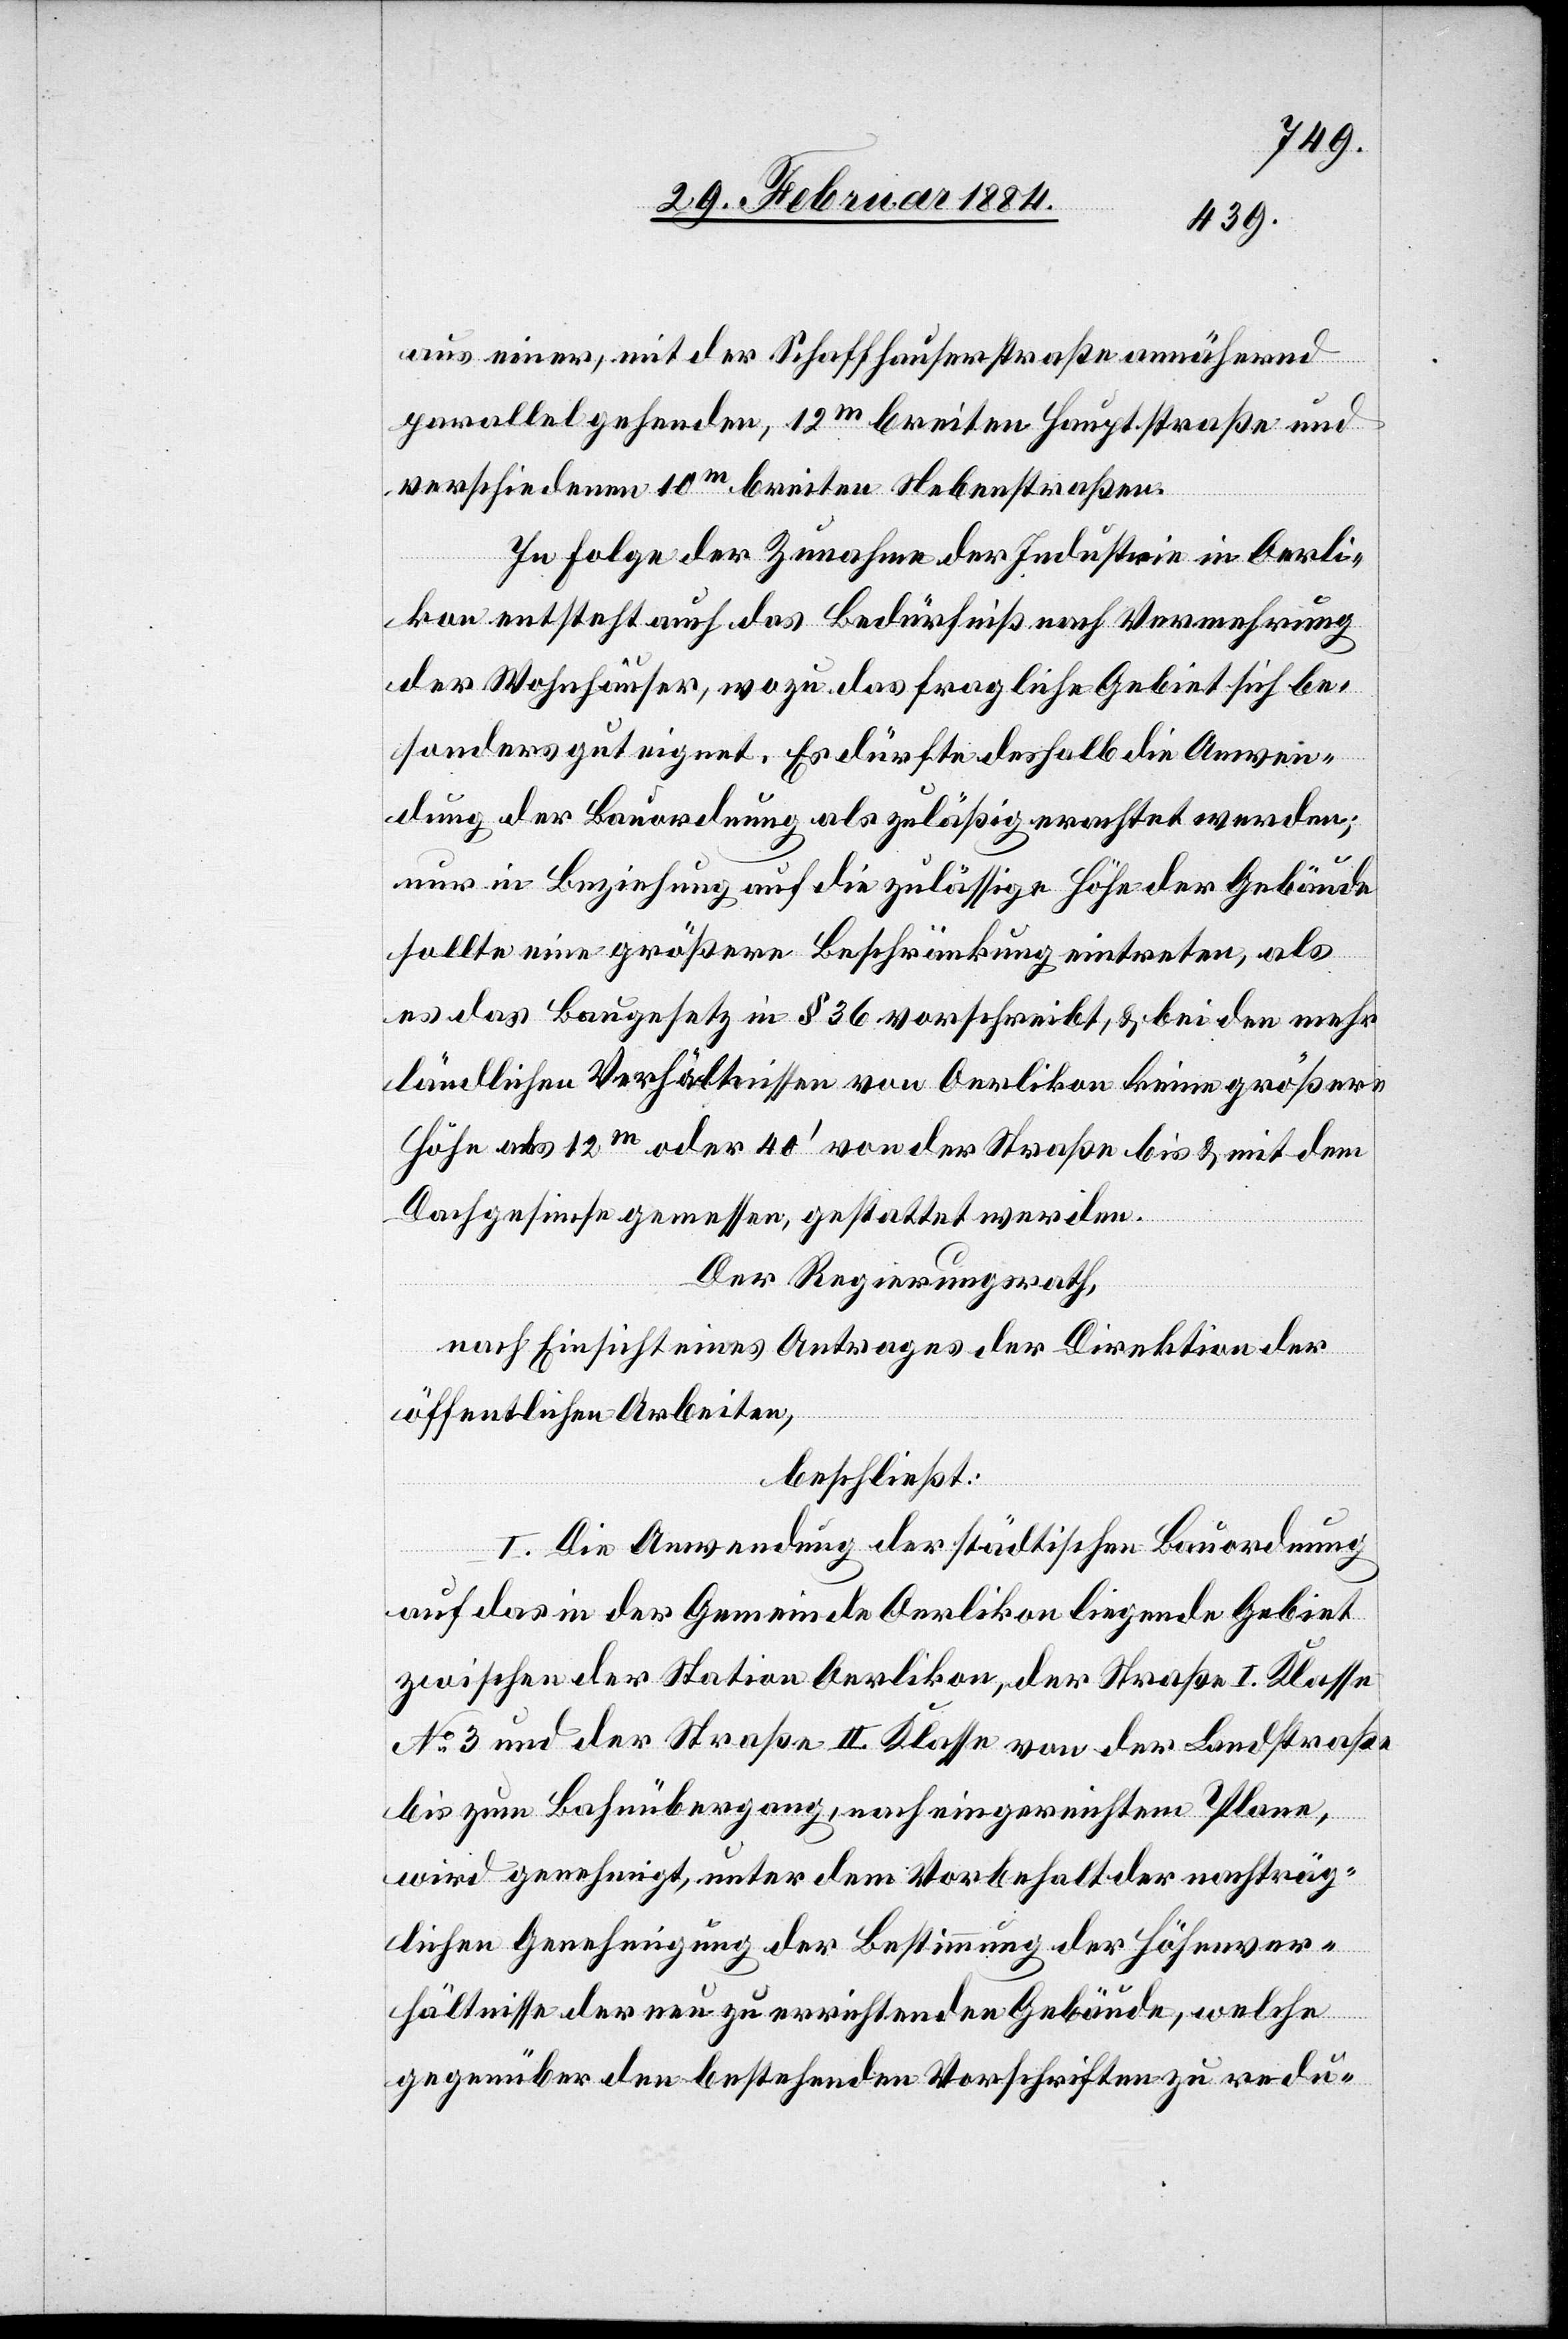
aus einer, mit der Schaffhauserstraße annähernd
parallel gehenden, 12m breiten Hauptstraße und
verschiedenen 10m breiten Nebenstraßen.
In Folge der Zunahme der Industrie in Oerli¬
kon entsteht auch das Bedürfniß nach Vermehrung
der Wohnhäuser, wozu das fragliche Gebiet sich be¬
sonders gut eignet. Es dürfte deshalb die Anwen¬
dung der Bauordnung als zulässige erachtet werden;
nur in Beziehung auf die zulässige Höhe der Gebäude
sollte eine größerer Beschränkung eintreten, als
es das Baugesetz in § 36 vorschreibt, & bei den mehr
ländlichen Verhältnissen von Oerlikon keine größere
Höhe als 12m oder 40’ von der Straße bis & mit dem
Dachgesimse gemessen, gestattet werden.
Der Regierungsrath,
nach Einsicht eines Antrages der Direktion der
öffentlichen Arbeiten,
beschließt:
I. Die Anwendung der städtischen Bauordnung
auf das in der Gemeinde Oerlikon liegende Gebiet
zwischen der Station Oerlikon, der Straße I. Klasse
No 3 und der Straße II. Klasse von der Landstraße
bis zum Bahnübergang, nach eingereichtem Plane,
wird genehmigt, unter dem Vorbehalte nachträg¬
licher Genehmigung der Bestimmung der Höhenver¬
hältnisse der neu zu errichtenden Gebäude, welche
gegenüber den bestehenden Vorschriften zu redu-